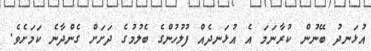
އުޅަނދު ބޭނުން ކުރާނަމަ އެ އުޅަނދެއް ފުލުހުންގެ ބެލުމުގެ ދަށަށް ގެންދާނެ ކަމަށެވެ.